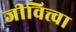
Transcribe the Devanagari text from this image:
जीवित्त्वा